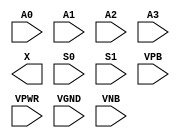
module sky130_fd_sc_hvl__mux4 (
    //# {{data|Data Signals}}
    input  A0  ,
    input  A1  ,
    input  A2  ,
    input  A3  ,
    output X   ,

    //# {{control|Control Signals}}
    input  S0  ,
    input  S1  ,

    //# {{power|Power}}
    input  VPB ,
    input  VPWR,
    input  VGND,
    input  VNB
);
endmodule